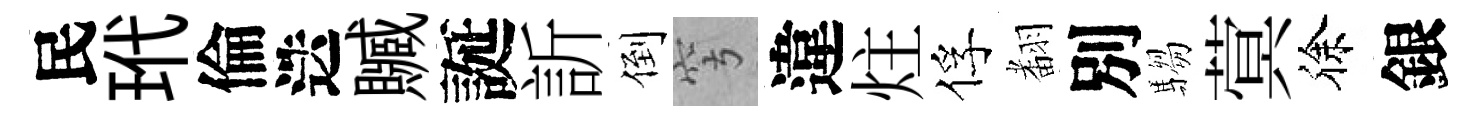
民玳倫迭贓誕訢倒穹違炷俘𮋒別騶蓂徐銀